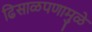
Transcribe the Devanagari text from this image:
ढिसाळपणामुळे